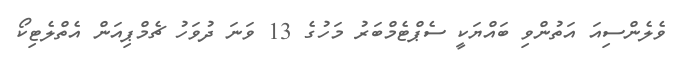
ވެލެންސިއަ އަތުންވި ބައްޔަކީ ސެޕްޓެމްބަރު މަހުގެ 13 ވަނަ ދުވަހު ޗެމްޕިއަން އެތްލެޓިކޯ